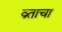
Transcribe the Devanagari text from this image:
व्र्ताचा